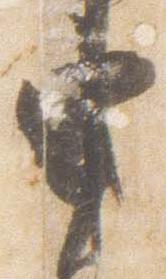
申